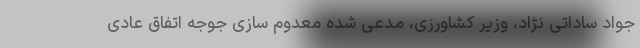
جواد ساداتی نژاد، وزیر کشاورزی، مدعی شده معدوم سازی جوجه اتفاق عادی